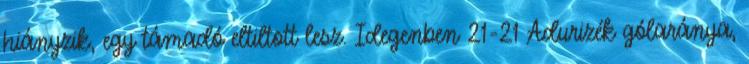
hiányzik, egy támadó eltiltott lesz. Idegenben 21-21 Adurizék gólaránya,